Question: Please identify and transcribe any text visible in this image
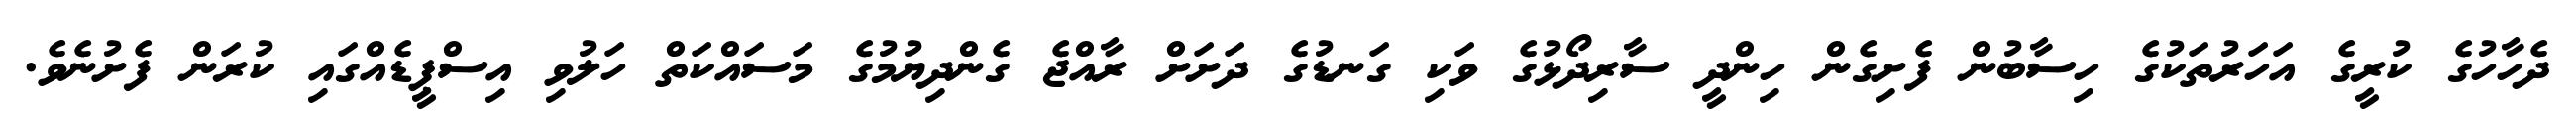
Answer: ދެހާހުގެ ކުރީގެ އަހަރުތަކުގެ ހިސާބުން ފެށިގެން ހިންދީ ސާރިދޯޅުގެ ވަކި ގަނޑުގެ ދަށަށް ރާއްޖެ ގެންދިޔުމުގެ މަސައްކަތް ހަލުވި އިސްޕީޑެއްގައި ކުރަން ފެށުނެވެ.